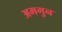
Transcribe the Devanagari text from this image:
अमगुन